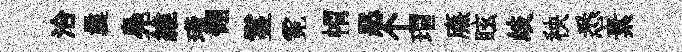
洽曩鳧維璜翎鬘霓㡌恶个瑁㢘眩歧秧悉素